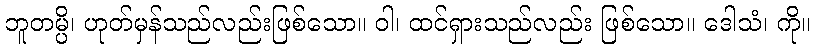
ဘူတမ္ပိ၊ ဟုတ်မှန်သည်လည်းဖြစ်သော။ ဝါ၊ ထင်ရှားသည်လည်း ဖြစ်သော။ ဒေါသံ၊ ကို။